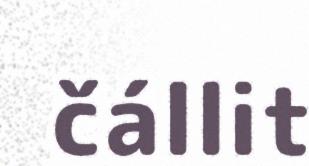
čállit